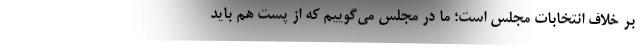
بر خلاف انتخابات مجلس است؛ ما در مجلس می‌گوییم که از پست هم باید